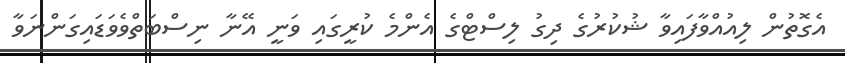
އެގޮތުން ލިއުއްވާފައިވާ ޝުކުރުގެ ދިގު ލިސްޓްގެ އެންމެ ކުރީގައި ވަނީ އޭނާ ނިސްބަތްވެވަޑައިގަންނަވާ